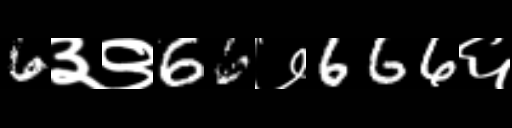
Text: 6३९66७666६